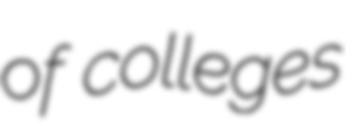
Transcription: of colleges